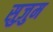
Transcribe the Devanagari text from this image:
सुज़ुम